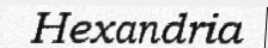
Hexandria